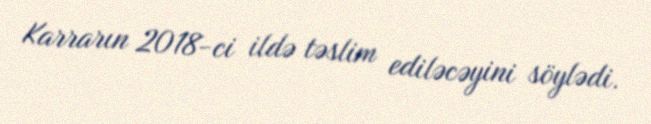
Karrarın 2018-ci ildə təslim ediləcəyini söylədi.